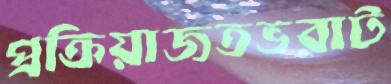
প্রক্রিয়াজতভরাট